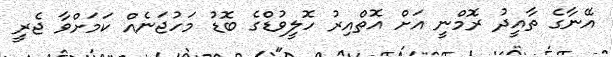
އޭނާގެ ތާއީދު ރޮމްނީ އަށް އޮތްއިރު ހޮލީވުޑްގެ ބޮޑު މަހުޖަނެއް ކަމަށްވާ ޖެރީ